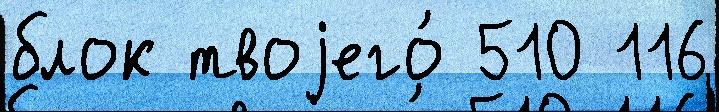
блок твоjего́ 510 116